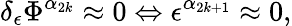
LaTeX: \delta_{\epsilon}\Phi^{\alpha_{2k}}\approx 0\Leftrightarrow\epsilon^{\alpha_{2k+1}}\approx 0,